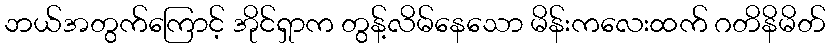
ဘယ်အတွက်ကြောင့် အိုင်ရှာက တွန့်လိမ်နေသော မိန်းကလေးထက် ဂတိနိမိတ်